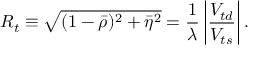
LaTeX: R _ { t } \equiv \sqrt { ( 1 - \bar { \rho } ) ^ { 2 } + \bar { \eta } ^ { 2 } } = { \frac { 1 } { \lambda } } \left| { \frac { V _ { t d } } { V _ { t s } } } \right| .